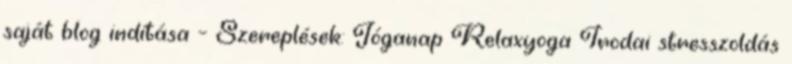
saját blog indítása – Szereplések: Jóganap Relaxyoga Irodai stresszoldás